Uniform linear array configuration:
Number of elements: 64
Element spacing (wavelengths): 0.25
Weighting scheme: hamming
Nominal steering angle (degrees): -30
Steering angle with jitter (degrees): -29.735
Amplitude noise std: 0.05
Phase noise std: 0.05

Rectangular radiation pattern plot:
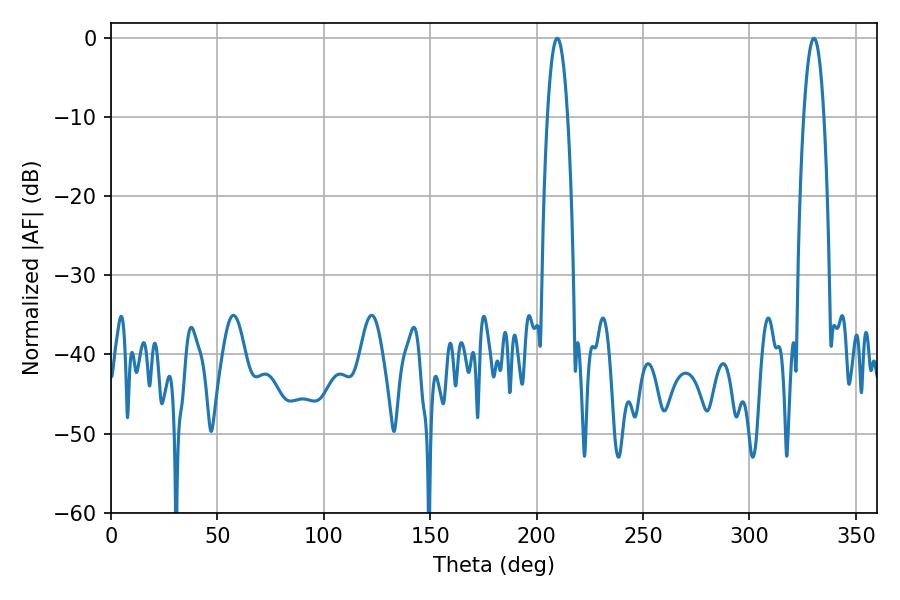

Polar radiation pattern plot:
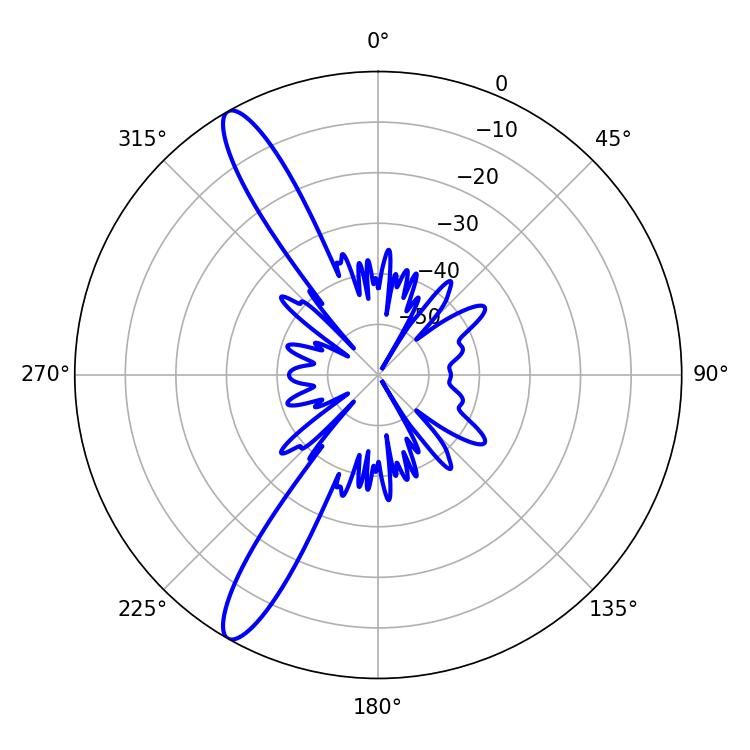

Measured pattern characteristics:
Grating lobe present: FALSE
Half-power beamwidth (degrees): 5.22
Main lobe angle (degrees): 209.7